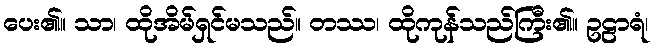
ပေး၏။ သာ၊ ထိုအိမ်ရှင်မသည်။ တဿ၊ ထိုကုန်သည်ကြီး၏။ ဥဠာရံ၊